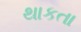
થાકતા